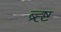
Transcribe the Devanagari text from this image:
ब्र्ह्ष्ट